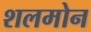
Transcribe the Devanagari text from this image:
शलमोन